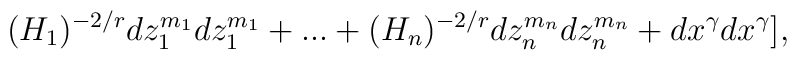
(H_{1})^{-2/r}dz_{1}^{m_{1}}dz_{1}^{m_{1}}+...+(H_{n})^{-2/r}dz_{n}^{m_{n}}dz_{n}^{m_{n}}+dx^{\gamma}dx^{\gamma}],